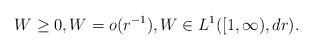
LaTeX: \begin{align*}W \geq 0, W = o(r^{-1}), W \in L^1([1,\infty),dr).\end{align*}